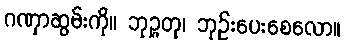
ဂဏှာဆွမ်းကို။ ဘုဉ္ဇတု၊ ဘုဉ်းပေးစေလော။